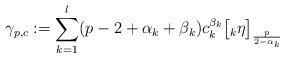
LaTeX: \begin{align*}\gamma_{p,c} := \sum_{k=1}^{l}(p-2 +\alpha_{k} + \beta_{k})c_{k}^{\beta_{k}}\big[\null_{k}\eta\big]_{\frac{p}{2-\alpha_{k}}}\end{align*}